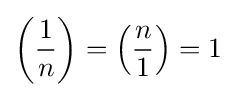
\left({\frac {1}{n}}\right)=\left({\frac {n}{1}}\right)=1